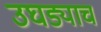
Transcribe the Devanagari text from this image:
उघड्याच